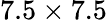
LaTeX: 7.5\times 7.5